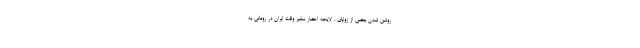
روشن شدن بعضی از زوایای ، لایحه احضار سفیر وقت ایران در رومانی به